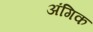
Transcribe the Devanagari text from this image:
अंगिक